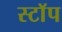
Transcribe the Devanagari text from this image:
स्टाॅप